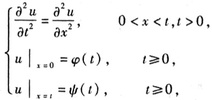
\[
\begin{cases}
\frac{\partial^{2} u}{\partial t^{2}}=\frac{\partial^{2} u}{\partial x^{2}}, & 0<x<l, t>0 \\
\left.u\right|_{x = 0}=\varphi(t), & t \geqslant 0 \\
\left.u\right|_{x = l}=\psi(t), & t \geqslant 0
\end{cases}
\]